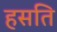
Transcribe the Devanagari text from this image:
हसति